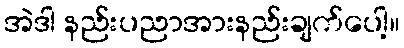
အဲဒါ နည်းပညာအားနည်းချက်ပေါ့။